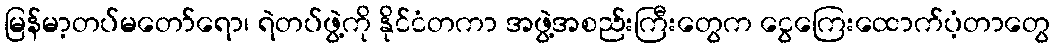
မြန်မာ့တပ်မတော်ရော၊ ရဲတပ်ဖွဲ့ကို နိုင်ငံတကာ အဖွဲ့အစည်းကြီးတွေက ငွေကြေးထောက်ပံ့တာတွေ